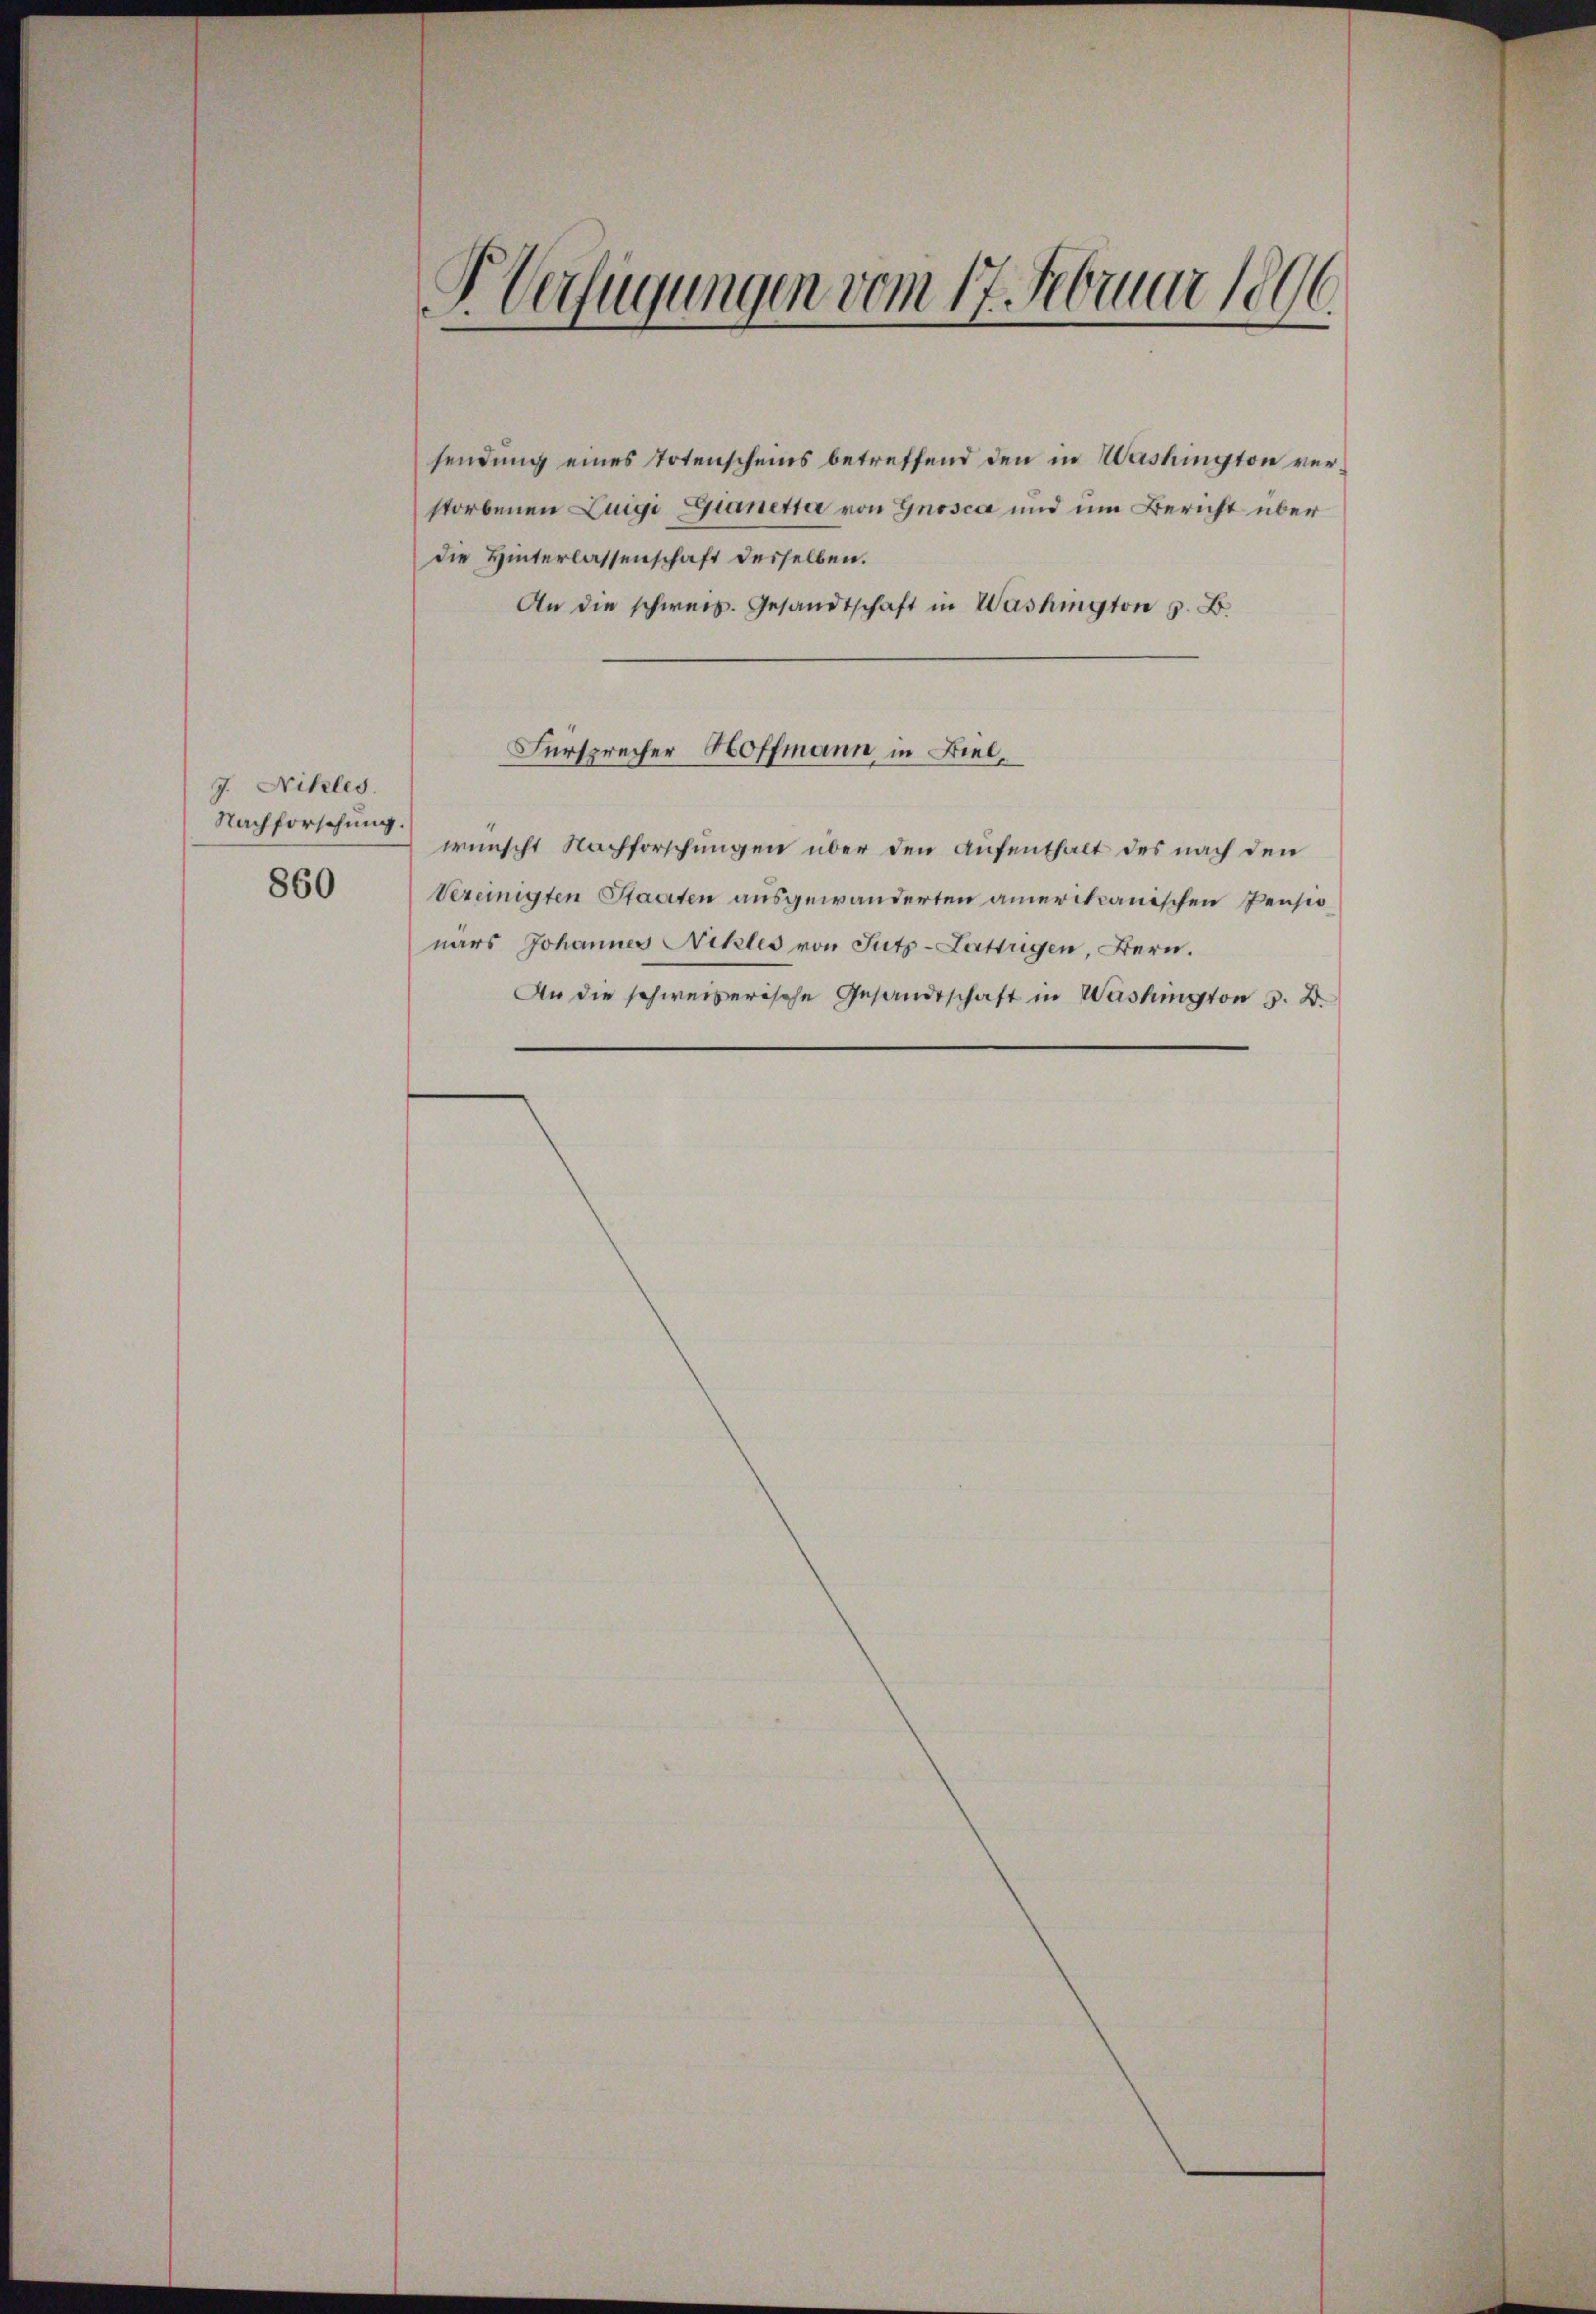
J. Nikles.
Nachforschung.
860

4
Verfügungen vom 17. Februar 1896

sendung eines Totenscheins betreffend den in Washington verstorbenen Luigi Gianette von Gnosca und um Bericht über
die Hinterlassenschaft desselben.
An die schweiz. Gesandtschaft in Washington z. B.
wünscht Nachforschungen über den Aufenthalt des nach den
Vereinigten Staaten ausgewanderten amerikanischen Pensionars Johannes Nikles von Sutz-Lattrigen, Bern.
An die schweizerische Gesandtschaft in Washington z. B.

Fürsprecher Hoffmann, in Biel,